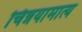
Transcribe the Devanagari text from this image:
चिन्नयामात्य